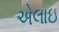
એલાઇ